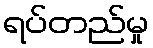
ရပ်တည်မှု